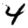
Digit: 4